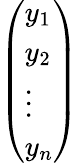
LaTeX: \begin{array}{r}{\left(\begin{array}{l}{y_{1}}\\ {y_{2}}\\ {\vdots}\\ {y_{n}}\end{array}\right)}\end{array}